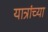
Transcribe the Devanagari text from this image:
यात्रांच्या